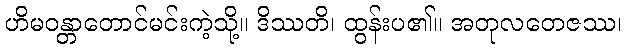
ဟိမဝန္တာတောင်မင်းကဲ့သို့။ ဒိဿတိ၊ ထွန်းပ၏။ အတုလတေဇဿ၊